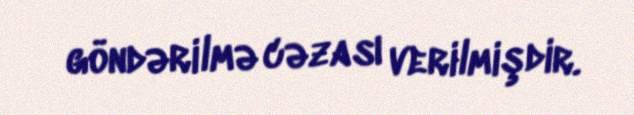
göndərilmə cəzası verilmişdir.